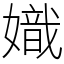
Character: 嬂